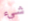
شيء